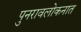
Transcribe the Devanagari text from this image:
पुनरावलोकनात